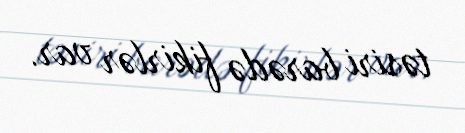
təsiri barədə fikirlər var.